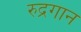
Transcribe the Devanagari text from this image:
रुद्रगान